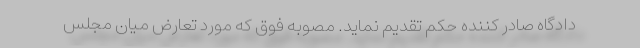
دادگاه صادر کننده حکم تقدیم نماید. مصوبه فوق که مورد تعارض میان مجلس